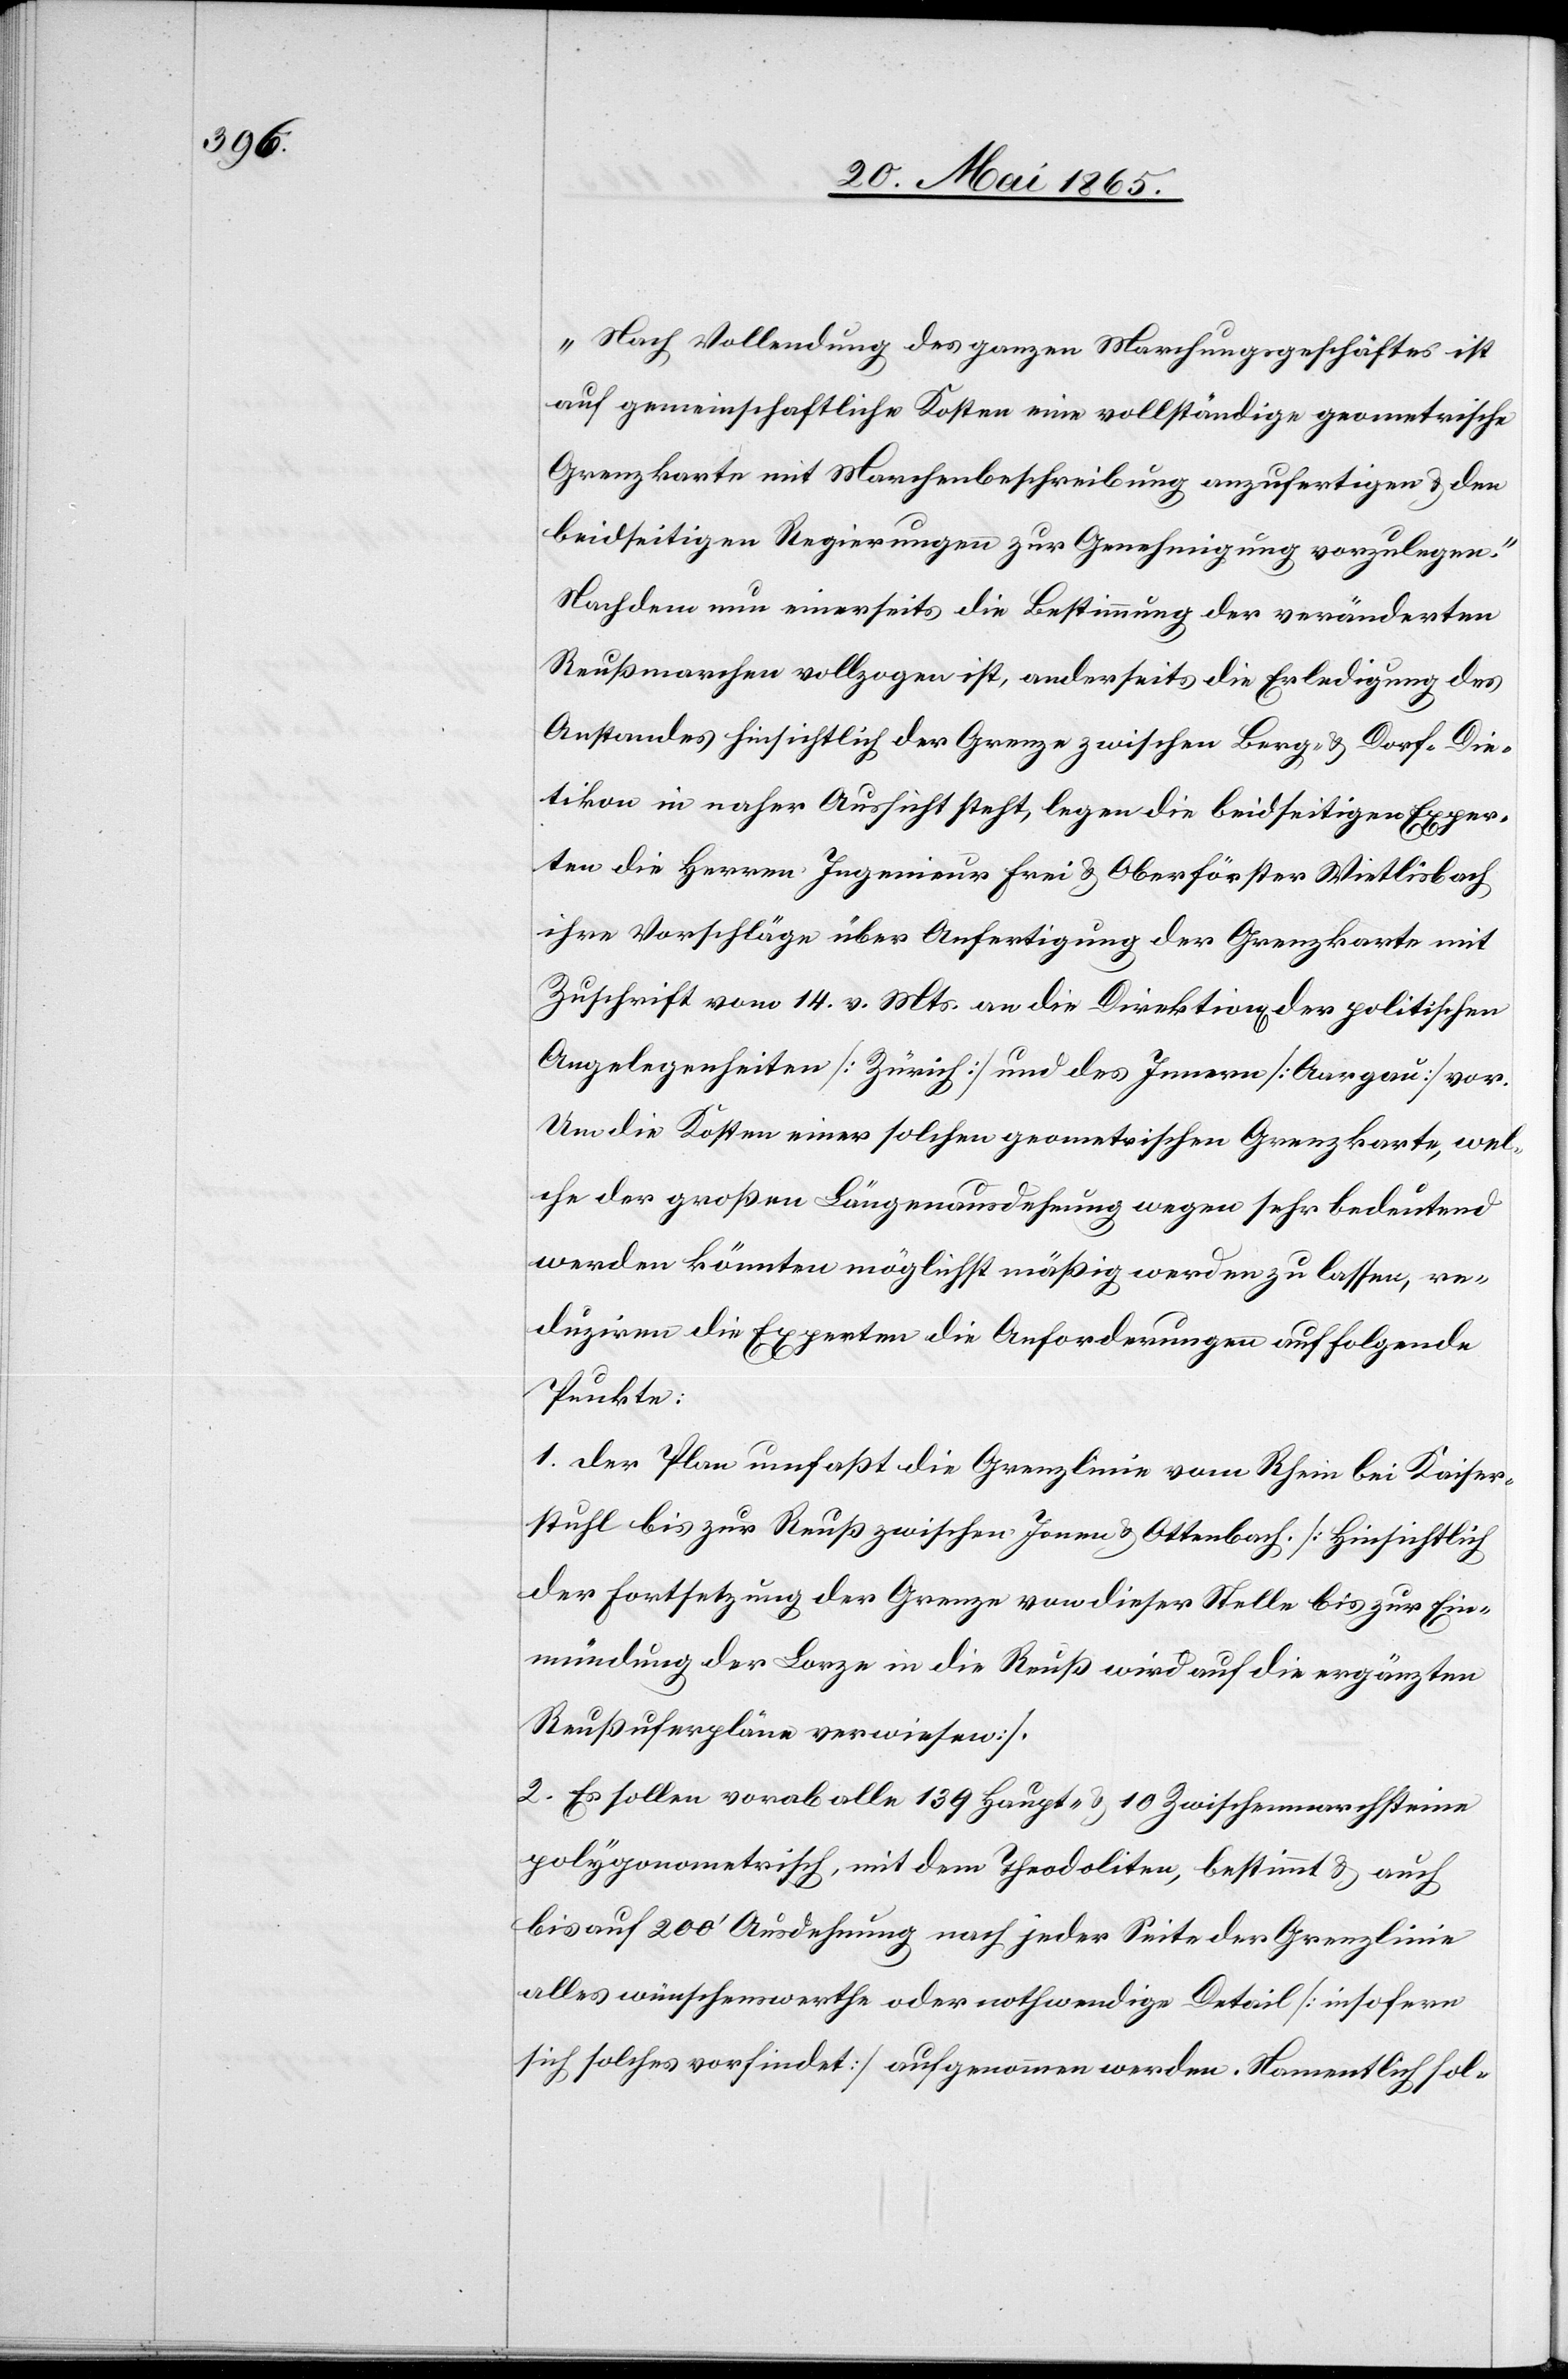
„Nach Vollendung des ganzen Marchungsgeschäftes ist
auf gemeinschaftliche Kosten eine vollständige geometrische
Grenzkarte mit Marchenbeschreibung anzufertigen & den
beidseitigen Regierungen zur Genehmigung vorzulegen.“
Nachdem nun einerseits die Bestimmung der veränderten
Reußmarchen vollzogen ist, anderseits die Erledigung des
Anstandes hinsichtlich der Grenze zwischen Berg- & Dorf-Die¬
tikon in naher Aussicht steht, legen die beidseitigen Exper¬
ten die Herren Ingenieur Frei & Oberförster Wietlisbach
ihre Vorschläge über Anfertigung der Grenzkante mit
Zuschrift vom 14. v. Mts. an die Direktion[en] der politischen
Angelegenheiten [Zürich] und des Innern [Aargau] vor.
Um die Kosten einer solchen geometrischen Grenzkarte, wel¬
che der großen Längenausdehnung wegen sehr bedeutend
werden könnten möglichst mäßig werden zu lassen, re¬
duziren die Experten die Anforderungen auf folgende
Punkte:
1. Der Plan umfaßt die Grenzlinie vom Rhein bei Kaiser¬
stuhl bis zur Reuß zwischen Jonen & Ottenbach. [Hinsichtlich
der Fortsetzung der Grenze von dieser Stelle bis zur Ein¬
mündung der Lorze in die Reuß wird auf die ergänzten
Reußuferpläne verwiesen].
2. Es sollen vorab alle 139 Haupt- & 10 Zwischenmarchsteine
polygonometrisch, mit Theodoliten, bestimmt & auch
bis auf 200’ Ausdehnung nach jeder Seite der Grenzlinie
alles wünschenswerthe oder nothwendige Detail [insofern
sich solches vorfindet] aufgenommen werden. Namentlich sol-